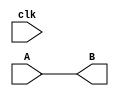
module DFlipFlop (clk,A,B);
    input clk, A;
    output B;

    assign B=A;
    
endmodule